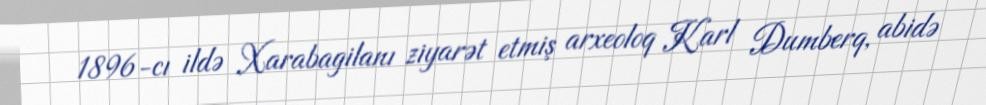
1896-cı ildə Xarabagilanı ziyarət etmiş arxeoloq Karl Dumberq, abidə